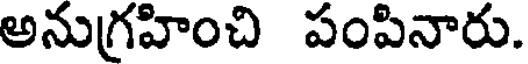
అనుగ్రహించి పంపినారు.